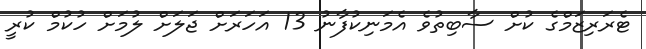
ޓެރަރިޒަމްގެ ކުށް ސާބިތުވެ އެމަނިކުފާނު 13 އަހަރަށް ޖަލަށް ލުމަށް ހުކުމް ކުރީ